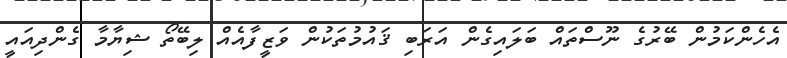
އެހެންކަމުން ބޭރުގެ ނޫސްތައް ބަލައިގެން އަރަބި ޤައުމުތަކުން ވަޒީފާއެއް ލިބޭތޯ ޝިޔާމާ ގެންދިއައީ